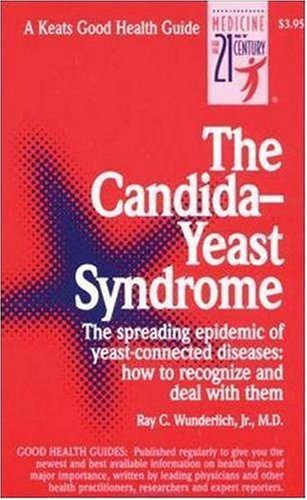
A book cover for The Candida-Yeast Syndrome; Ray Wunderlich Jr.; Health, Fitness & Dieting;